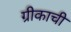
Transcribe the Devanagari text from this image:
ग्रीकाची